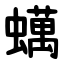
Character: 蠇